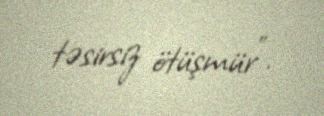
təsirsiz ötüşmür”.